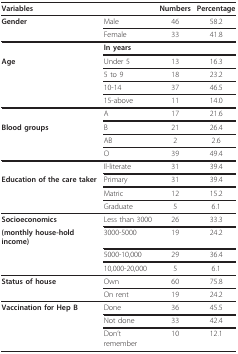
<table><thead><tr><td colspan="2"><b>Variables</b></td><td><b>Numbers</b></td><td><b>Percentage</b></td></tr></thead><tbody><tr><td><b>Gender</b></td><td>Male</td><td>46</td><td>58.2</td></tr><tr><td></td><td>Female</td><td>33</td><td>41.8</td></tr><tr><td></td><td><b>In years</b></td><td></td><td></td></tr><tr><td><b>Age</b></td><td>Under 5</td><td>13</td><td>16.3</td></tr><tr><td></td><td>5 to 9</td><td>18</td><td>23.2</td></tr><tr><td></td><td>10-14</td><td>37</td><td>46.5</td></tr><tr><td></td><td>15-above</td><td>11</td><td>14.0</td></tr><tr><td></td><td>A</td><td>17</td><td>21.6</td></tr><tr><td><b>Blood groups</b></td><td>B</td><td>21</td><td>26.4</td></tr><tr><td></td><td>AB</td><td>2</td><td>2.6</td></tr><tr><td></td><td>O</td><td>39</td><td>49.4</td></tr><tr><td></td><td>Il-literate</td><td>31</td><td>39.4</td></tr><tr><td><b>Education of the care taker</b></td><td>Primary</td><td>31</td><td>39.4</td></tr><tr><td></td><td>Matric</td><td>12</td><td>15.2</td></tr><tr><td></td><td>Graduate</td><td>5</td><td>6.1</td></tr><tr><td><b>Socioeconomics</b></td><td>Less than 3000</td><td>26</td><td>33.3</td></tr><tr><td><b>(monthly house-hold income)</b></td><td>3000-5000</td><td>19</td><td>24.2</td></tr><tr><td></td><td>5000-10,000</td><td>29</td><td>36.4</td></tr><tr><td></td><td>10,000-20,000</td><td>5</td><td>6.1</td></tr><tr><td><b>Status of house</b></td><td>Own</td><td>60</td><td>75.8</td></tr><tr><td></td><td>On rent</td><td>19</td><td>24.2</td></tr><tr><td><b>Vaccination for Hep B</b></td><td>Done</td><td>36</td><td>45.5</td></tr><tr><td></td><td>Not done</td><td>33</td><td>42.4</td></tr><tr><td></td><td>Don&#x27;t remember</td><td>10</td><td>12.1</td></tr></tbody></table>